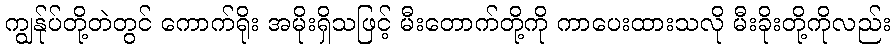
ကျွန်ုပ်တို့တဲတွင် ကောက်ရိုး အမိုးရှိသဖြင့် မီးတောက်တို့ကို ကာပေးထားသလို မီးခိုးတို့ကိုလည်း